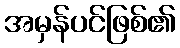
အမှန်ပင်ဖြစ်၏